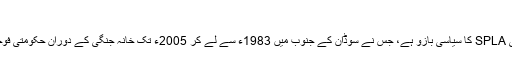
‘‘
ایس پی ایل ایم جنوبی سوڈانی لبریشن آرمی SPLA کا سیاسی بازو ہے، جس نے سوڈان کے جنوب میں 1983ء سے لے کر 2005ء تک خانہ جنگی کے دوران حکومتی فوجی دستوں کے خلاف لڑائی کی قیادت کی۔